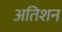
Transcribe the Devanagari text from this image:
अतिशन